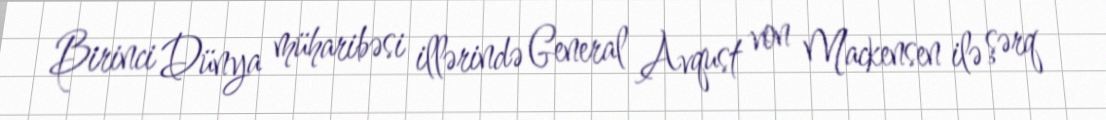
Birinci Dünya müharibəsi illərində General Avqust von Mackensen ilə şərq